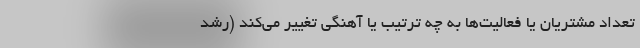
تعداد مشتریان یا فعالیت‌ها به چه ترتیب یا آهنگی تغییر می‌کند (رشد